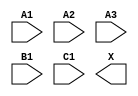
module sky130_fd_sc_hs__o311a (
    //# {{data|Data Signals}}
    input  A1,
    input  A2,
    input  A3,
    input  B1,
    input  C1,
    output X
);

    // Voltage supply signals
    supply1 VPWR;
    supply0 VGND;

endmodule